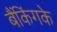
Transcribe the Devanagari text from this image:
बैंकिंगके